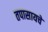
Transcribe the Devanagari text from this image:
तपासायचे